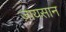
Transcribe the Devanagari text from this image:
ज़ायसान